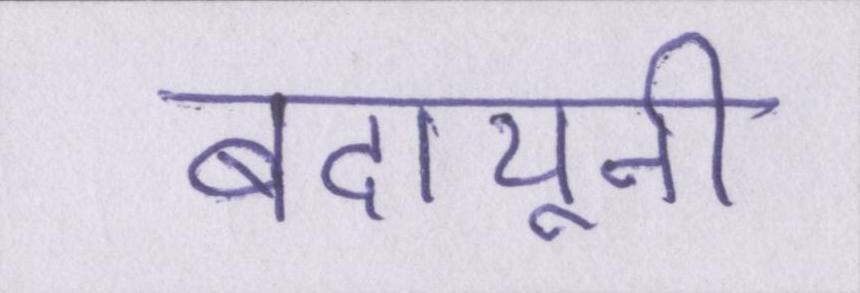
बदायूनी